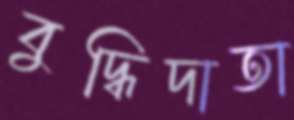
বুদ্ধিদাতা